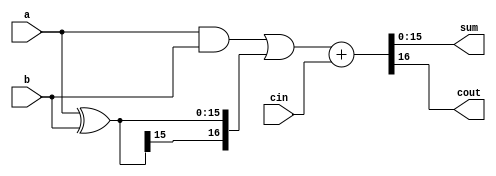
module carry_bypass_adder (
    input wire [15:0] a,
    input wire [15:0] b,
    input wire cin,
    output wire [15:0] sum,
    output wire cout
);

wire [15:0] p, g;
wire [16:0] c;

assign p = a ^ b;
assign g = a & b;
assign c = {1'b0, g} | {p[15], p};

assign {cout, sum} = c + cin;

endmodule